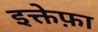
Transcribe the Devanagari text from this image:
इक्तेफ़ा